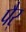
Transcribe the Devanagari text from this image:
पैर्